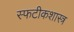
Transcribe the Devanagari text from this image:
स्फटीकशास्त्र